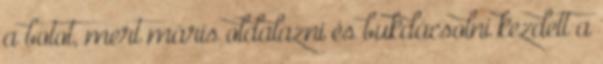
a botot, mert máris oldalazni és bukdácsolni kezdett a